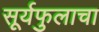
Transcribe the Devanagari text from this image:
सूर्यफुलाचा